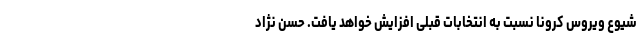
شیوع ویروس کرونا نسبت به انتخابات قبلی افزایش خواهد یافت. حسن نژاد